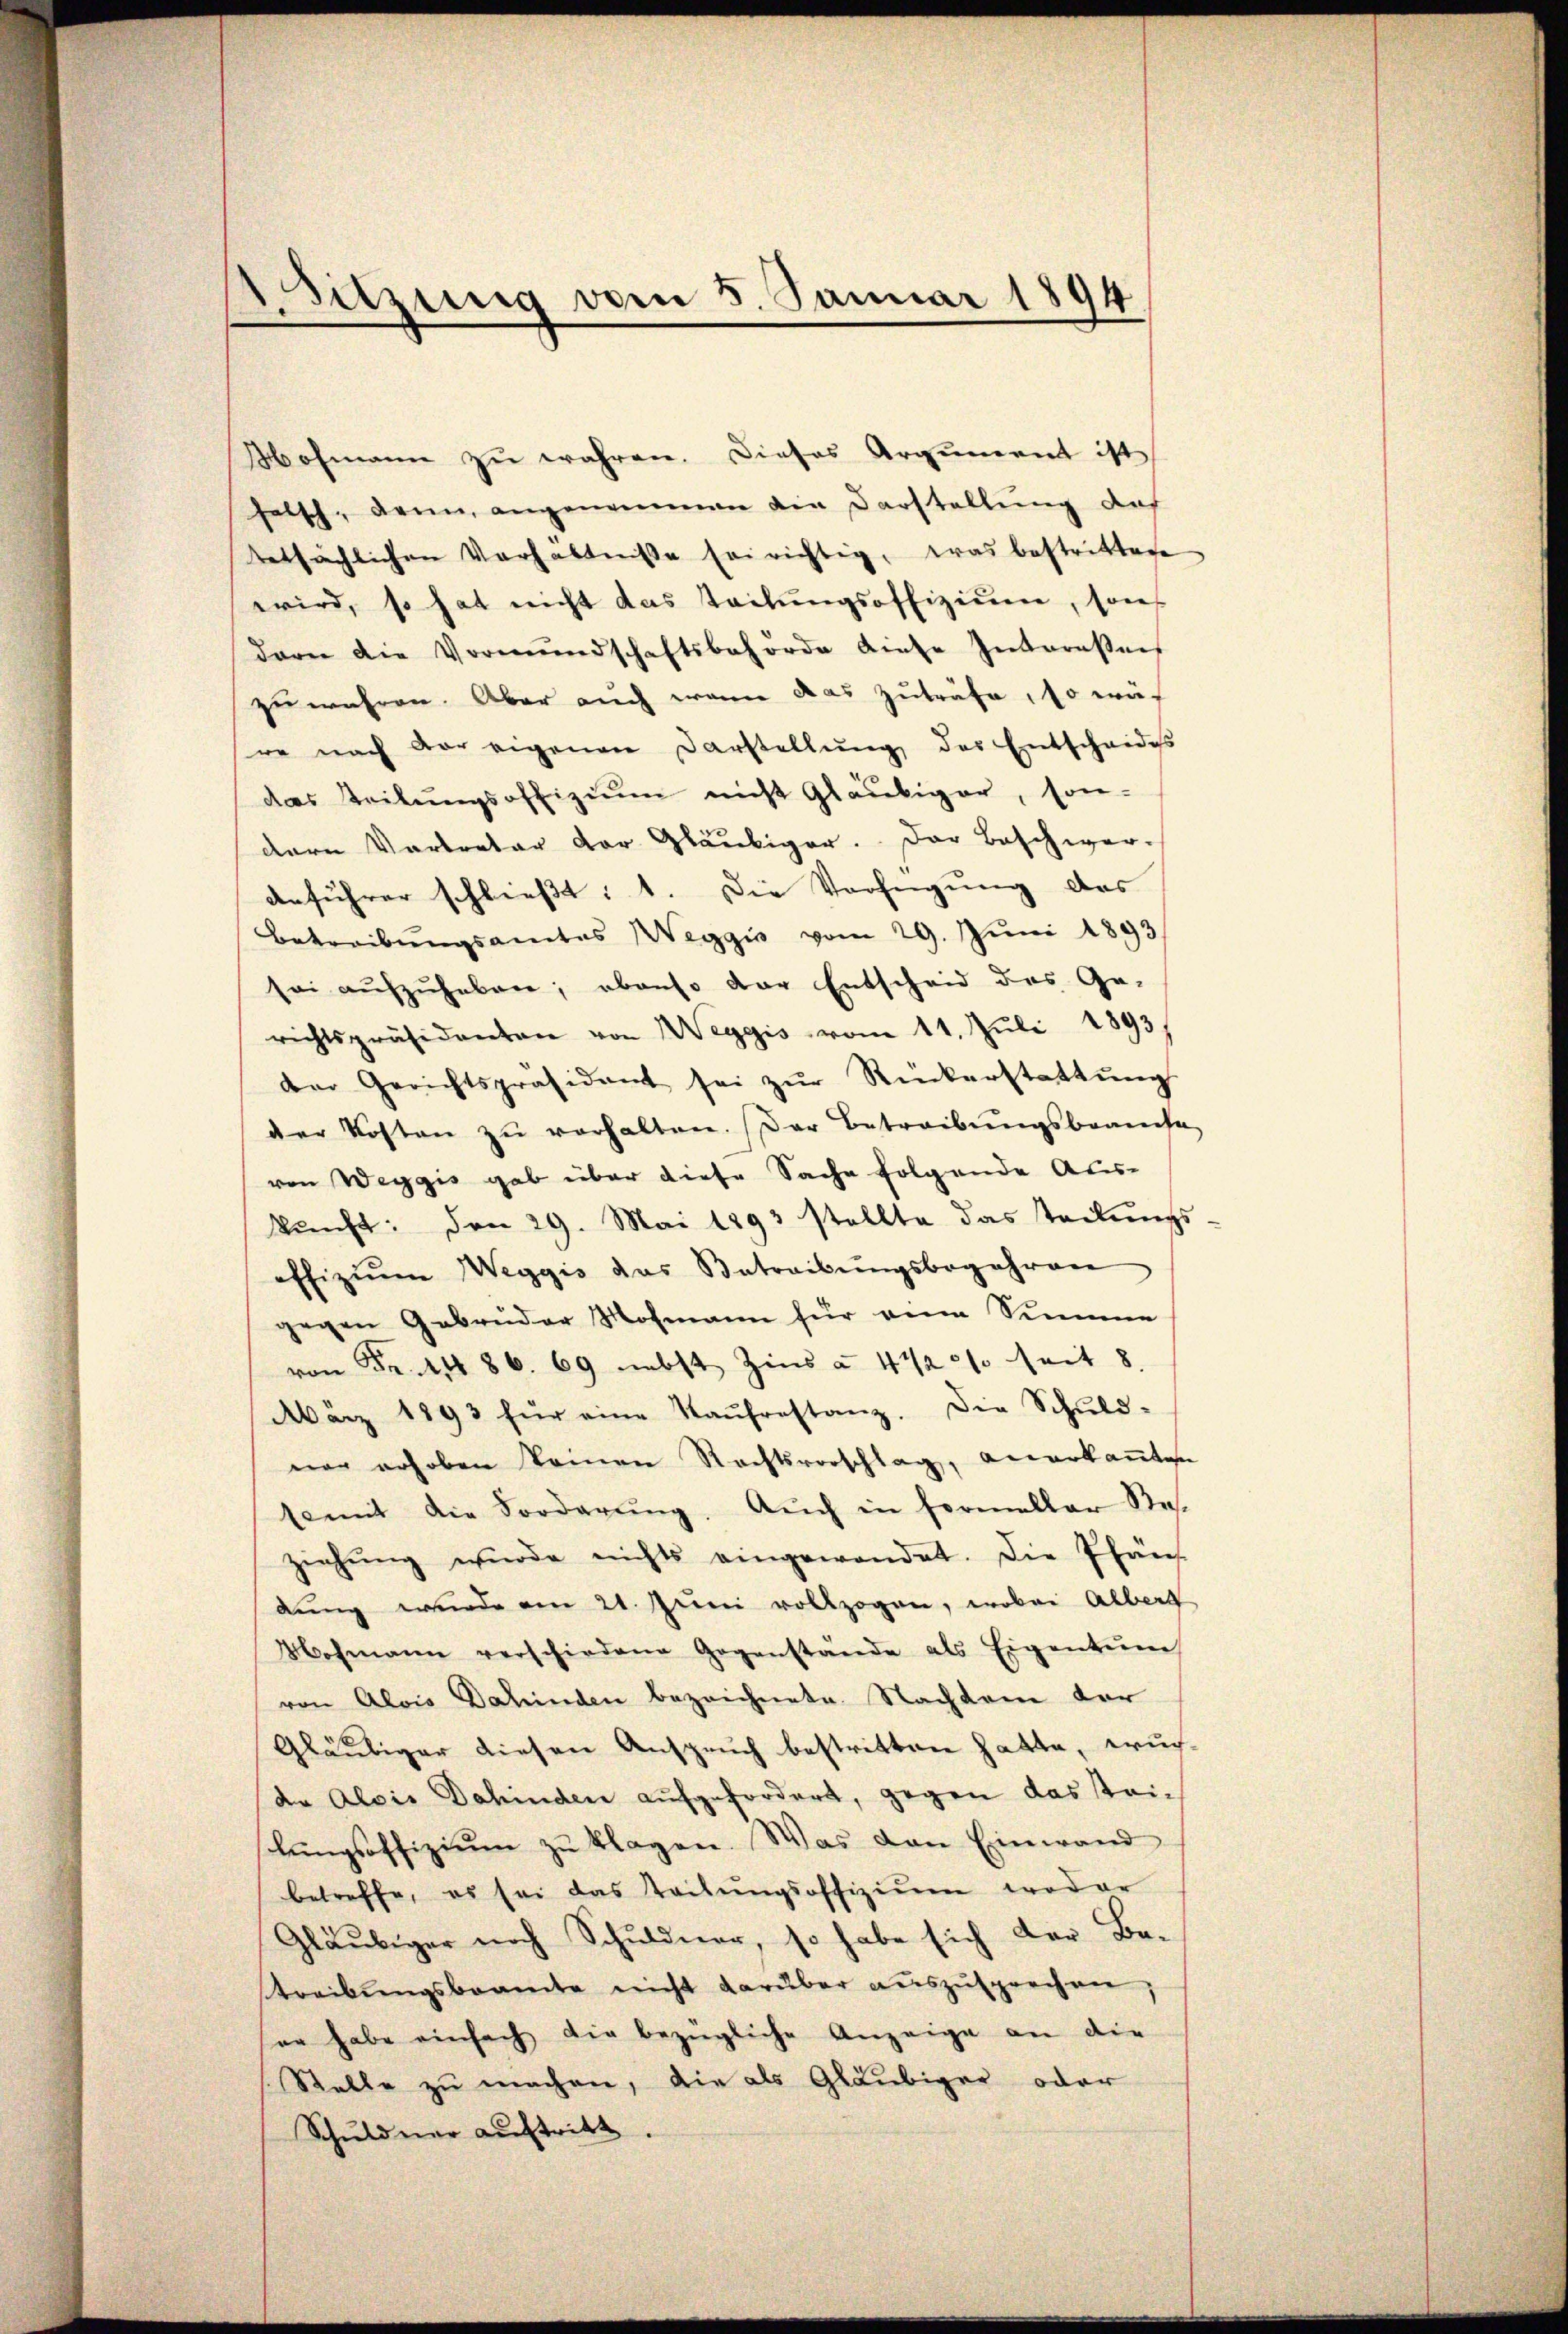
e
Sitzung vom 5. Januar 189

Hofmann zu wahren. Dieses Argument ist
falsch, denn, angenommen die Darstellung des
tatsächlichen Verhältnisse sei richtig, was bestrittene
wird, so hat nicht das teilŭngsoffiziŭm, son
dare die Vormundschaftsbehörde diese Intereßens
zu wahren. Aber auch wenn das zuträfe, so wär
re nach vor eigenen Darstellŭng des Entscheides
das Teilŭngsoffiziŭm nicht Gläubiger, son-
dern Vertreter der Gläubiger. Der Beschwer-
anführer schließt: 1. Die Verfügung des
Betreibŭngsamtes Weggis vom 29. Juni 1893
sei aufzuheben; ebenso der Entscheid des Ge-
richtspräsidenten von Weggis vom 11. Juli 1893
der Gerichtspräsidant sei zŭr Rückerstattŭng
der Kosten zŭ verhalten. Der Betreibŭngsbeamte
von Weggis gab über diese Sache folgende Aus-
kŭnft: den 29. Mai 1893 stellte das teilŭngs
offiziŭm Weggis das Betreibŭngsbegehren
gegen Gebrüder Mohmann für eine Simmer
von Fr. 486. 69 nebst Zins à 4 1/2 % seit 8.
März 1893 für eine Kaŭfrestanz. Die Schŭld-
ner erhoben keinen Rechtsvorschlag, anerkaṅten
somit die Forderŭng. Aŭch in formeller Re
ziehŭng wurde nichts eingewendet. Die Pfän-
dŭng wurde am 21. Jŭni vollzogen, wobei Alberg
Mohmann verschiedene Gegenstande als Eigentum
von Alois Dahinden bezeichnete. Nachdem der
Gläubiger diesen Anspruch bestritten hatte, wurde Alois Dahinden aufgefordert, gegen das steilungsoffizium zu klagen. Was den Einwand
betreffe, es sei das Teilungsoffizium weder
Gläubiger noch Schuldner, so habe sich der Be-
treibungsbeamte nicht darüber auszusprechen,
er habe einfach die bezügliche Anzeige an die
Stelle zu machen, die als Gläubiger oder
Schuldner auftritt